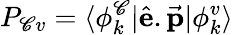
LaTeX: P_{\mathscr{C}v}=\langle\phi_{k}^{\mathscr{C}}\vert\hat{{\textbf{{e}}}}.\vec{{\textbf{{p}}}}\vert\phi_{k}^{v}\rangle